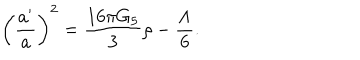
\left( { \frac { a ^ { \prime } } { a } } \right) ^ { 2 } = { \frac { 1 6 \pi G _ { 5 } } { 3 } } \rho - { \frac { \Lambda } { 6 } } .